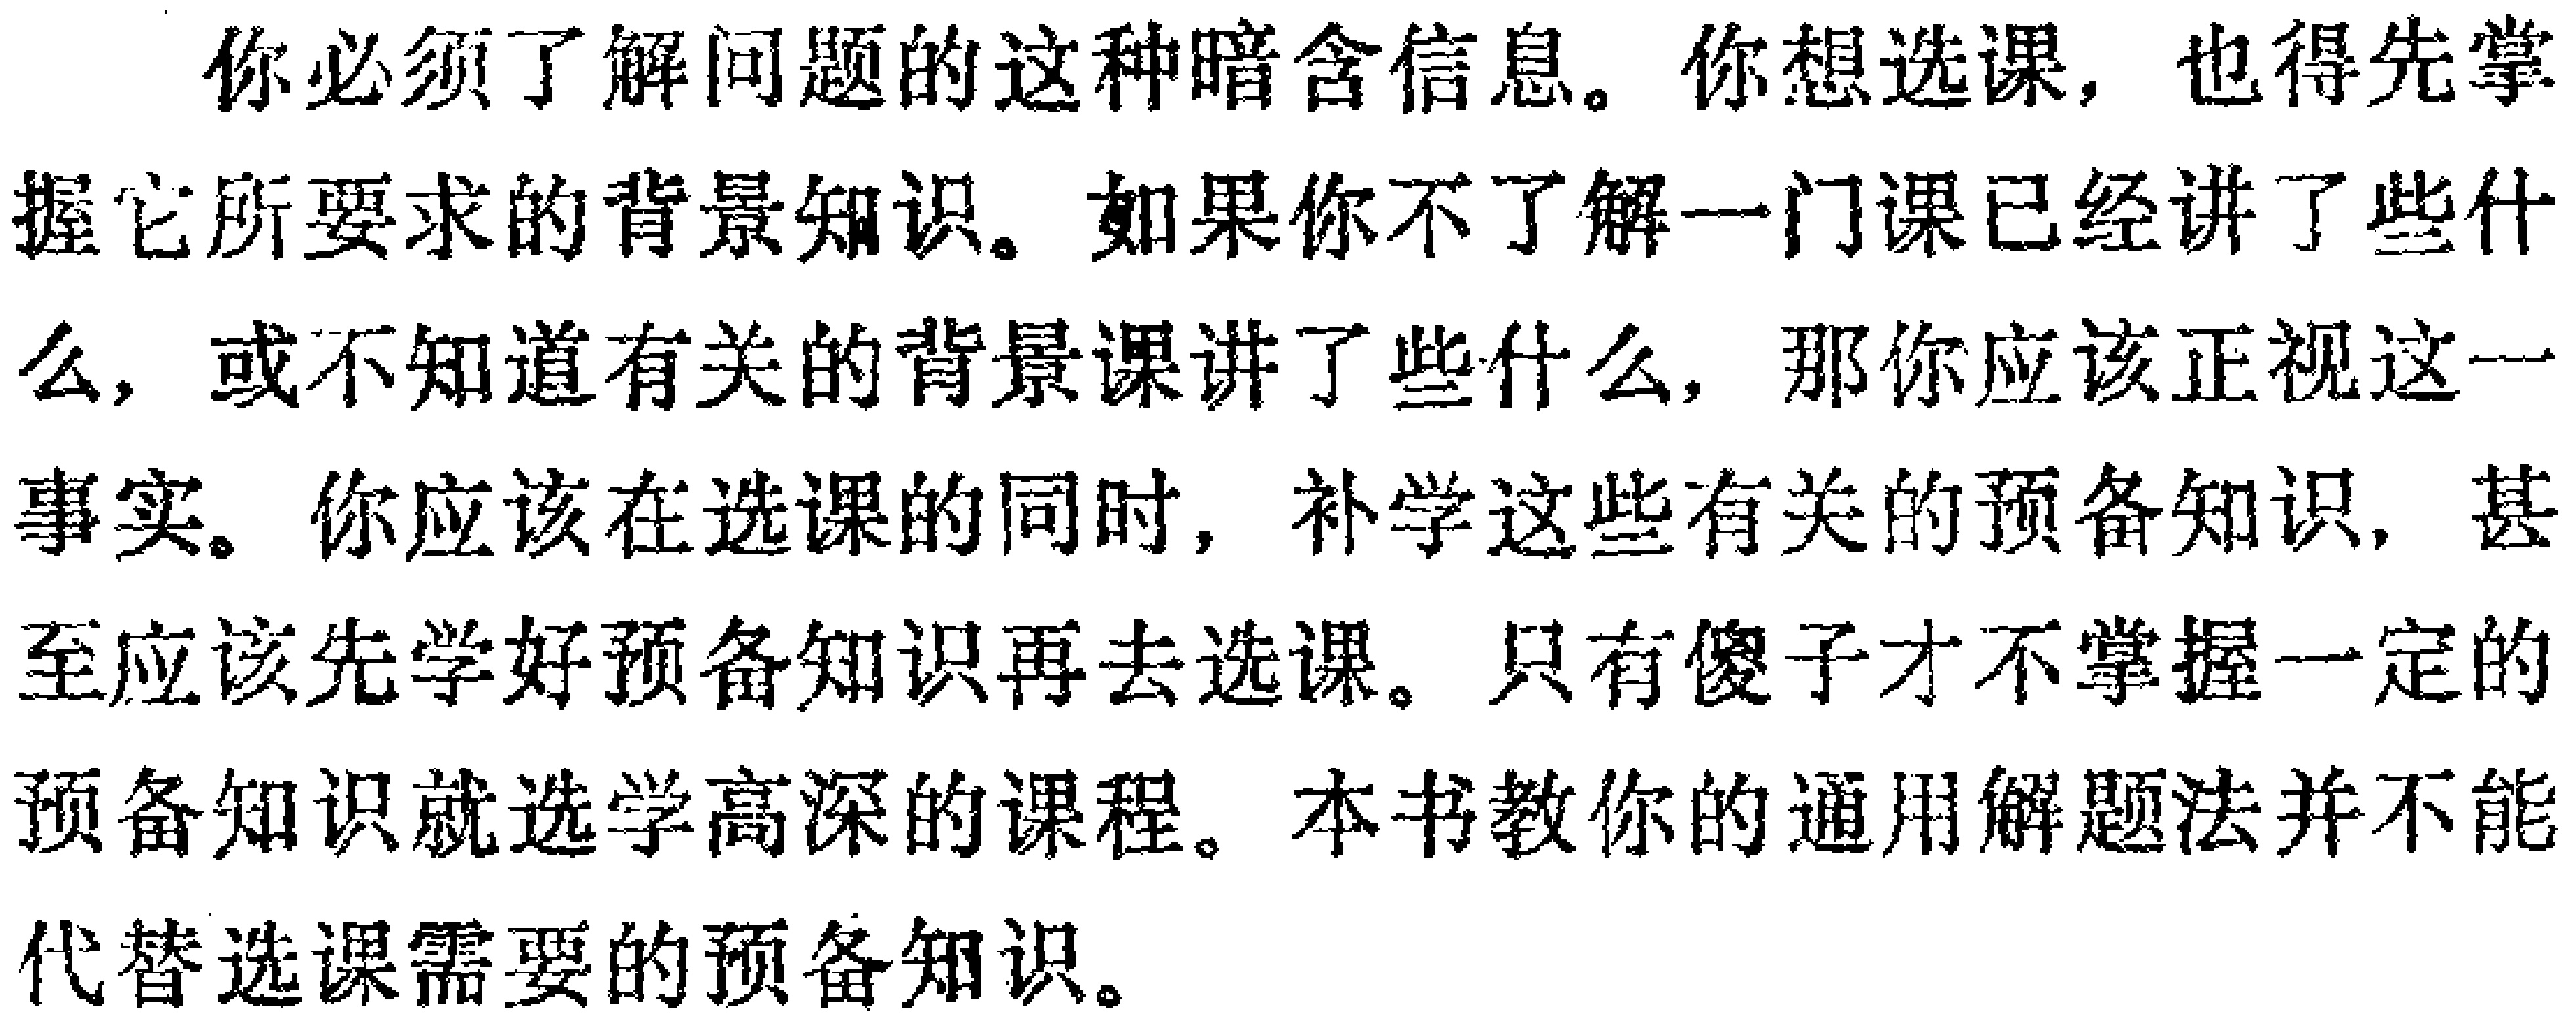
你必须了解问题的这种暗含信息。你想选课，也得先掌握它所要求的背景知识。如果你不了解一门课已经讲了些什么，或不知道有关的背景课讲了些什么，那你应该正视这一事实。你应该在选课的同时，补学这些有关的预备知识，甚至应该先学好预备知识再去选课。只有傻子才不掌握一定的预备知识就选学高深的课程。本书教你的通用解题法并不能代替选课需要的预备知识。